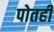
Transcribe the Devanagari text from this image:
पोतही